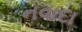
નવાદા